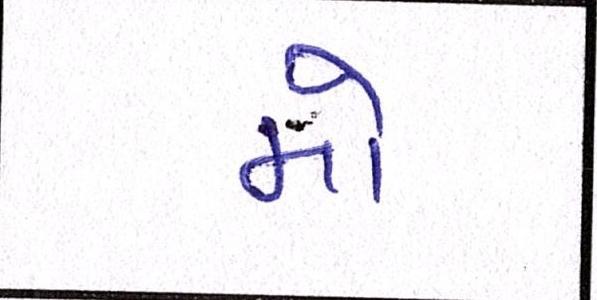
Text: મો